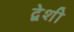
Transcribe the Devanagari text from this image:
द्वेशी